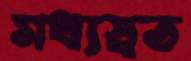
মধ্যস্বত